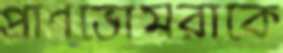
প্রাণভোমরাকে